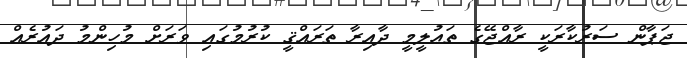
ޖަޕާން ސަރުކާރަކީ ރާއްޖޭގެ ތަޢުލީމީ ދާއިރާ ތަރައްޤީ ކުރުމުގައި ވަރަށް މުހިންމު ދައުރެއް